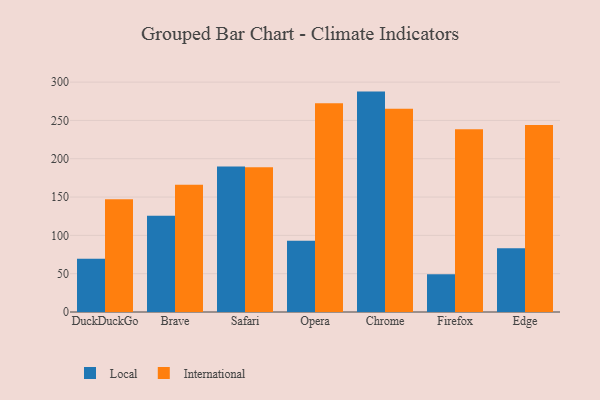
{"axis": {"x": "Browser", "y": "Operating Costs (USD K)"}, "legend": ["International", "Local"], "data": [{"x": "DuckDuckGo", "y": 69.5, "type": "Local"}, {"x": "DuckDuckGo", "y": 147.0, "type": "International"}, {"x": "Brave", "y": 125.7, "type": "Local"}, {"x": "Brave", "y": 166.1, "type": "International"}, {"x": "Safari", "y": 189.7, "type": "Local"}, {"x": "Safari", "y": 188.8, "type": "International"}, {"x": "Opera", "y": 92.9, "type": "Local"}, {"x": "Opera", "y": 272.5, "type": "International"}, {"x": "Chrome", "y": 287.6, "type": "Local"}, {"x": "Chrome", "y": 265.2, "type": "International"}, {"x": "Firefox", "y": 49.4, "type": "Local"}, {"x": "Firefox", "y": 238.6, "type": "International"}, {"x": "Edge", "y": 83.1, "type": "Local"}, {"x": "Edge", "y": 244.0, "type": "International"}]}